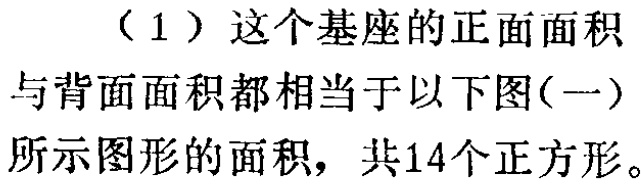
（1）这个基座的正面面积与背面面积都相当于以下图(一)所示图形的面积，共14个正方形。